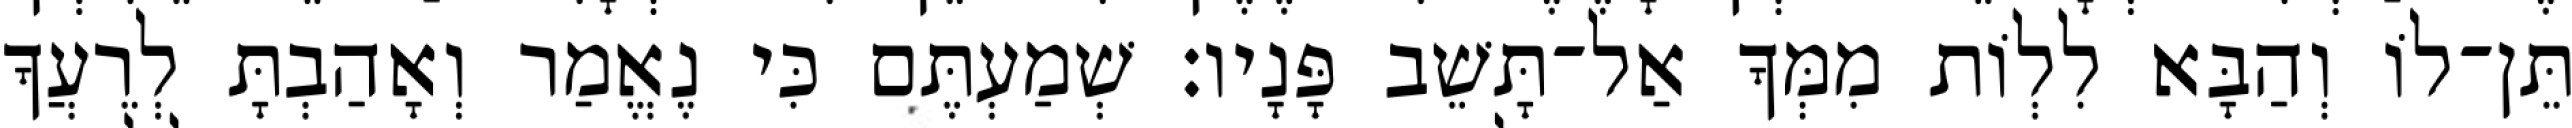
תֵּן־לוֹ וְהַבָּא לִלְוֹת מִמְּךָ אַל־תָּשֵׁב פָּנָיו׃ שְׁמַעְתֶּם כִּי נֶאֱמַר וְאָהַבְתָּ לְרֵעֲךָ